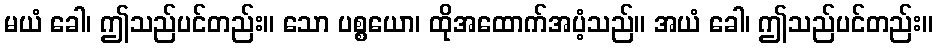
မယံ ခေါ၊ ဤသည်ပင်တည်း။ သော ပစ္စယော၊ ထိုအထောက်အပံ့သည်။ အယံ ခေါ၊ ဤသည်ပင်တည်း။